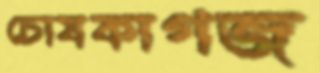
চোষকাগজ